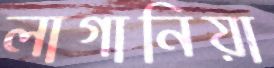
লাগানিয়া